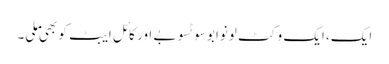
ایک، ایک وکٹ لونوابو سوٹسوبے اور کائل ایبٹ کو بھی ملی۔